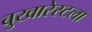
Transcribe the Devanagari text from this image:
बुखारेस्टला